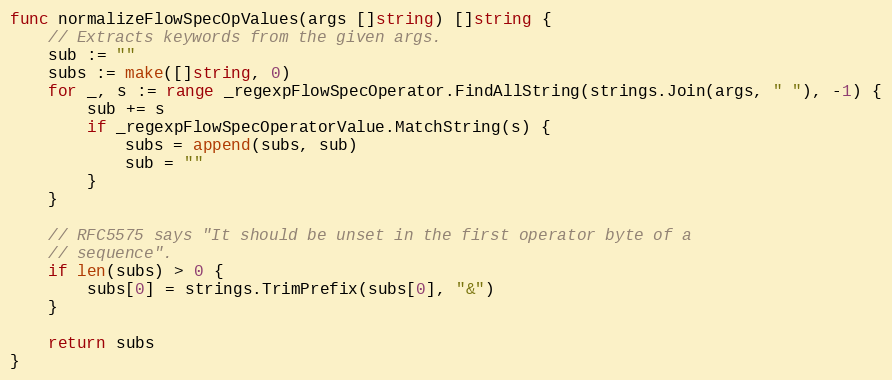
Language: Go
func normalizeFlowSpecOpValues(args []string) []string {
	// Extracts keywords from the given args.
	sub := ""
	subs := make([]string, 0)
	for _, s := range _regexpFlowSpecOperator.FindAllString(strings.Join(args, " "), -1) {
		sub += s
		if _regexpFlowSpecOperatorValue.MatchString(s) {
			subs = append(subs, sub)
			sub = ""
		}
	}

	// RFC5575 says "It should be unset in the first operator byte of a
	// sequence".
	if len(subs) > 0 {
		subs[0] = strings.TrimPrefix(subs[0], "&")
	}

	return subs
}